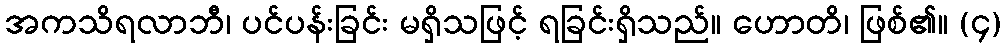
အကသိရလာဘီ၊ ပင်ပန်းခြင်း မရှိသဖြင့် ရခြင်းရှိသည်။ ဟောတိ၊ ဖြစ်၏။ (၄)